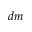
d m